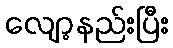
လျော့နည်းပြီး